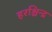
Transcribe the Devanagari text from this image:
हरश्चिन्द्र